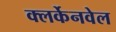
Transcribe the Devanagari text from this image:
क्लर्केनवेल